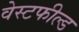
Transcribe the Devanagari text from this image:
वेस्टफील्ड